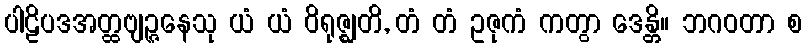
ပါဠိပဒအတ္ထဗျဉ္ဇနေသု ယံ ယံ ဝိရုဇ္ဈတိ, တံ တံ ဥဇုကံ ကတွာ ဒေန္တိ။ ဘဂဝတာ စ